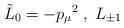
LaTeX: \begin{align*}\tilde{L}_0=-{p_{\mu}}^2\;,\;L_{\pm 1}\end{align*}